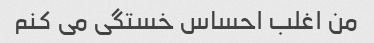
من اغلب احساس خستگی می کنم